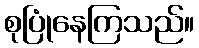
စုပြုံနေကြသည်။